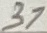
Text: 31